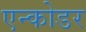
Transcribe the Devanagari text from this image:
एन्कोडर